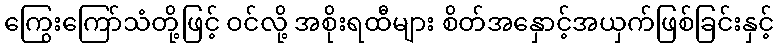
ကြွေးကြော်သံတို့ဖြင့် ဝင်လို့ အစိုးရထီများ စိတ်အနှောင့်အယှက်ဖြစ်ခြင်းနှင့်